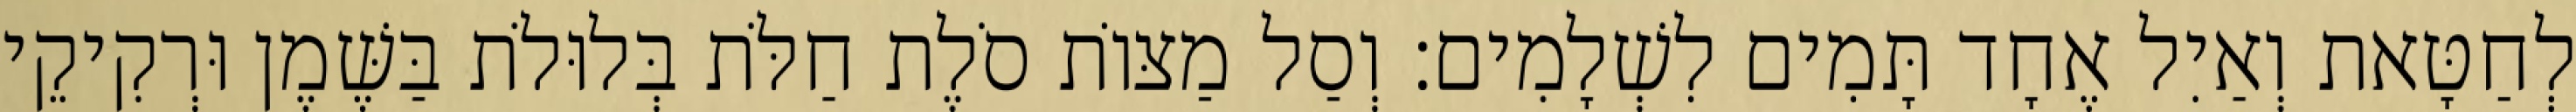
לְחַטָּאת וְאַיִל אֶחָד תָּמִים לִשְׁלָמִים׃ וְסַל מַצּוֹת סֹלֶת חַלֹּת בְּלוּלֹת בַּשֶּׁמֶן וּרְקִיקֵי